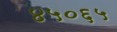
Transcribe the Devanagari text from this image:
४५०६५